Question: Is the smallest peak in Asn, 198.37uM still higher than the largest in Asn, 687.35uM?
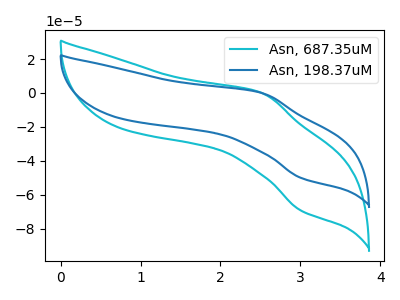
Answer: <think>The cyan curve "Asn, 687.35uM" has an anodic peak at (2.50V, 0.10uA) and a cathodic peak at (3.00V, -69.30uA). The blue curve "Asn, 198.37uM" has an anodic peak at (2.50V, 0.05uA) and a cathodic peak at (3.00V, -50.05uA).</think>
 <answer>Every peak in "Asn, 198.37uM" is lower than every peak in "Asn, 687.35uM".</answer>
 <eval>lower</eval>